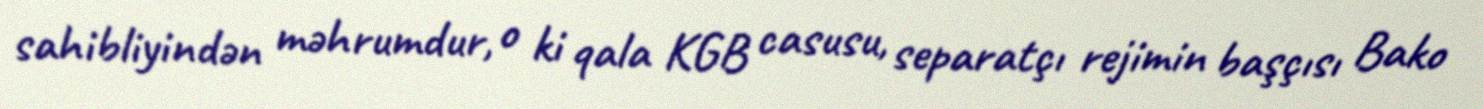
sahibliyindən məhrumdur, o ki qala KGB casusu, separatçı rejimin başçısı Bako